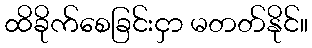
ထိခိုက်စေခြင်းငှာ မတတ်နိုင်။